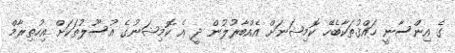
ގެ އިންސާނީ ހައްޤުތަކާބެހޭ ކޮމިޝަނަށް އެއްބާރުލުން ދީ އެ ކޮމިޝަނުގެ އުސޫލުތަކަށް އިހުތިރާމް